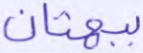
ببهتان